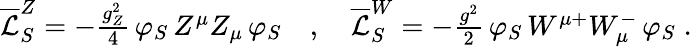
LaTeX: \begin{array}{r}{\overline{{\mathcal{L}}}_{S}^{Z}=-\frac{g_{Z}^{2}}{4}\, \varphi_{S}\, Z^{\mu}Z_{\mu}\, \varphi_{S}\quad,\quad\overline{{\mathcal{L}}}_{S}^{W}=-\frac{g^{2}}{2}\, \varphi_{S}\, W^{\mu+}W_{\mu}^{-}\, \varphi_{S}\; .}\end{array}